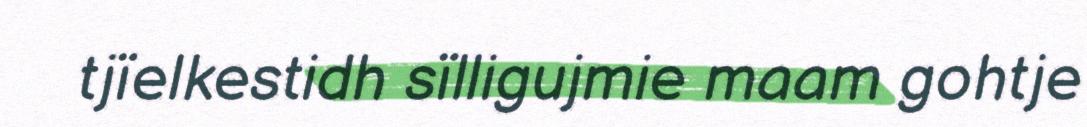
tjïelkestidh sïlligujmie maam gohtje